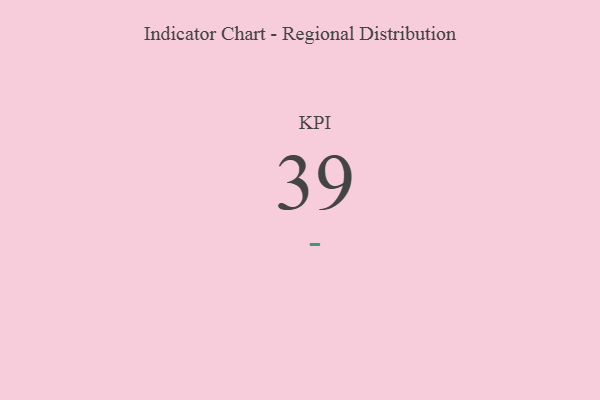
{"axis": {"x": "KPI", "y": "Value"}, "legend": [""], "data": [{"x": "KPI", "y": 39, "type": ""}]}